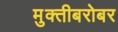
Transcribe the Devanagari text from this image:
मुक्तीबरोबर